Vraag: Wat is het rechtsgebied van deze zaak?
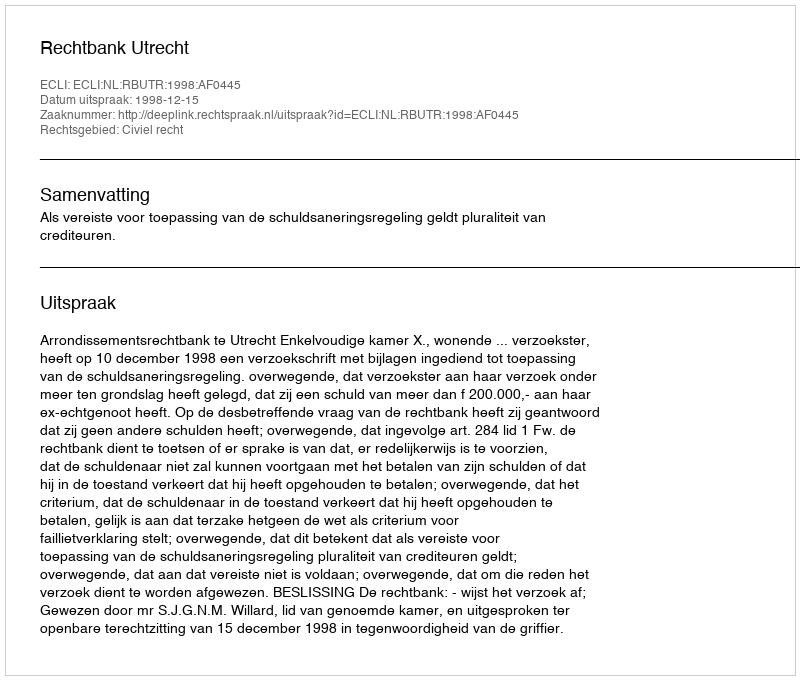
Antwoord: Civiel recht